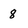
Character: 8